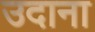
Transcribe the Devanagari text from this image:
उदाना